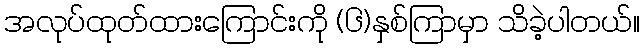
အလုပ်ထုတ်ထားကြောင်းကို (၆)နှစ်ကြာမှာ သိခဲ့ပါတယ်။